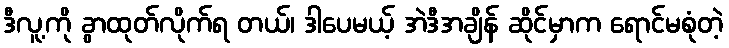
ဒီလူ့ကို ခွာထုတ်လိုက်ရ တယ်၊ ဒါပေမယ့် အဲဒီအချိန် ဆိုင်မှာက ရောင်မစုံတဲ့